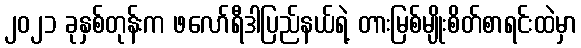
၂၀၂၁ ခုနှစ်တုန်းက ဖလော်ရီဒါပြည်နယ်ရဲ့ တားမြစ်မျိုးစိတ်စာရင်းထဲမှာ